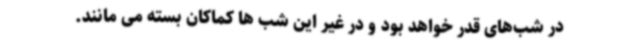
در شب‌های قدر خواهد بود و در غیر این شب ها کماکان بسته می مانند.